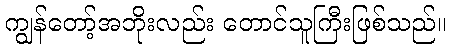
ကျွန်တော့်အဘိုးလည်း တောင်သူကြီးဖြစ်သည်။